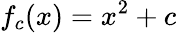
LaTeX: f_{c}(x)=x^{2}+c